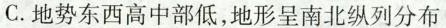
C.地势东西高中部低，地形呈南北纵列分布